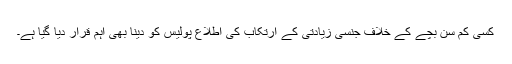
کسی کم سن بچے کے خلاف جنسی زیادتی کے ارتکاب کی اطلاع پولیس کو دینا بھی اہم قرار دیا گیا ہے۔